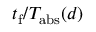
t _ { \mathrm { f } } / T _ { \mathrm { a b s } } ( d )